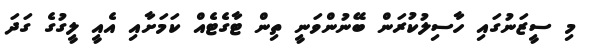
މި ސީޒަނުގައި ހާސިލުކުރަން ބޭނުންވަނީ ތިން ޓާގެޓެއް ކަމަށާއި އެއީ ލީގުގެ ގަދަ